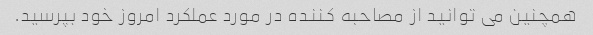
همچنین می توانید از مصاحبه کننده در مورد عملکرد امروز خود بپرسید.